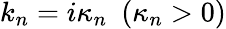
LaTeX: k_{n}=i\kappa_{n}~~(\kappa_{n}>0)